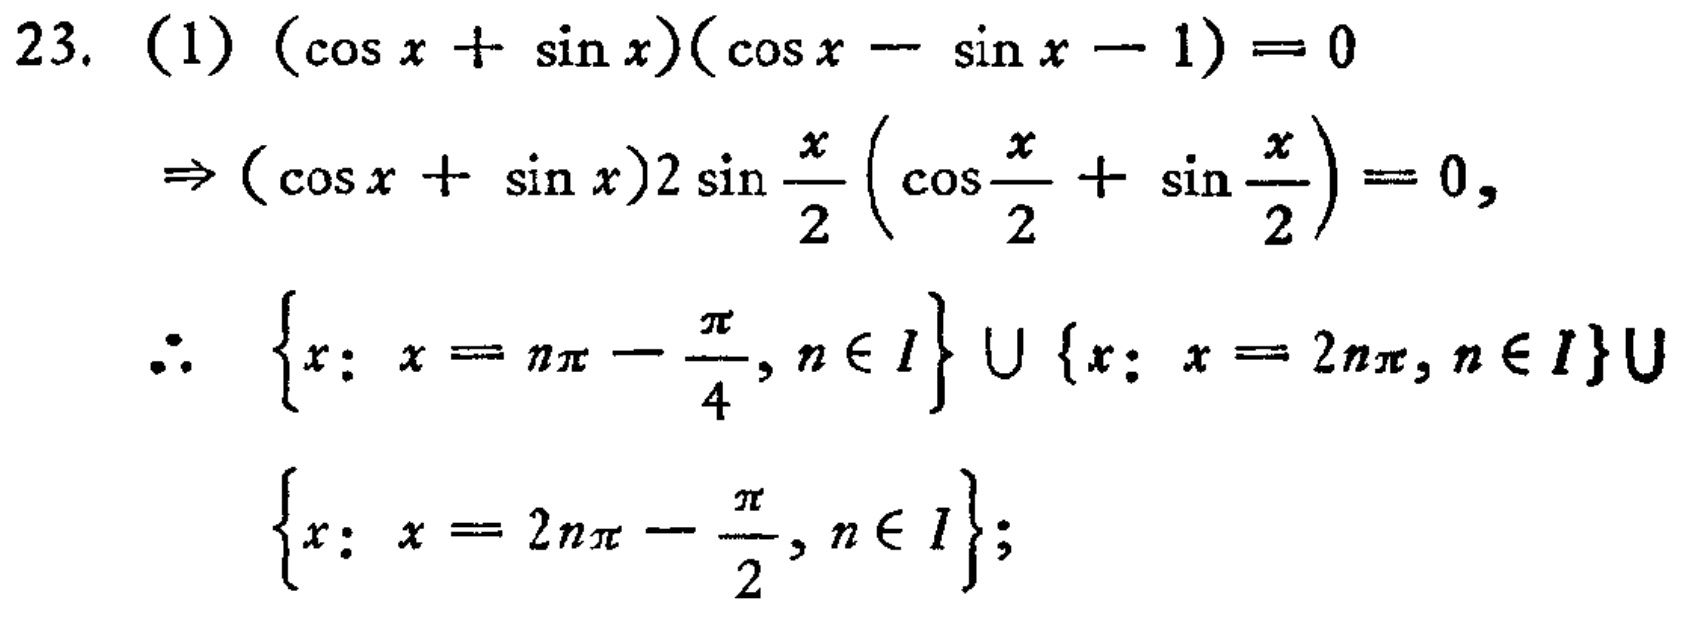
23. (1) \((\cos x+\sin x)(\cos x - \sin x - 1)=0\)
\(\Rightarrow (\cos x+\sin x)2\sin\frac{x}{2}(\cos\frac{x}{2}+\sin\frac{x}{2}) = 0\),
\(\therefore \{x: x=n\pi-\frac{\pi}{4}, n\in I\}\cup\{x: x = 2n\pi, n\in I\}\cup\)
\(\{x: x = 2n\pi-\frac{\pi}{2}, n\in I\}\);